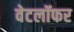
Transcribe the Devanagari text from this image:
वेटलॉफर